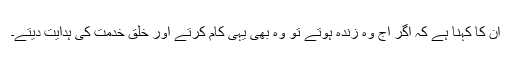
ان کا کہنا ہے کہ اگر آج وہ زندہ ہوتے تو وہ بھی یہی کام کرتے اور خلق خدمت کی ہدایت دیتے۔